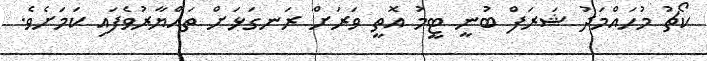
ކޯޗު މުހައްމަދު ޝަރަފް ބުނީ ޓީމު އޮތީ ވަރަށް ރަނގަޅަށް ތައްޔާރުވެފައި ކަމަށެވެ.